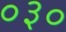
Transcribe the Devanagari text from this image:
०३०